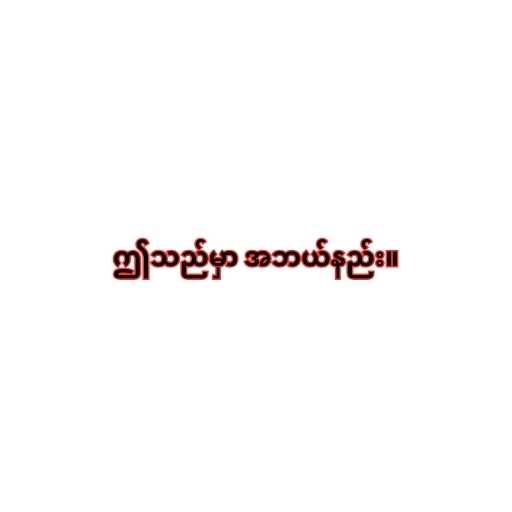
ဤသည်မှာ အဘယ်နည်း။